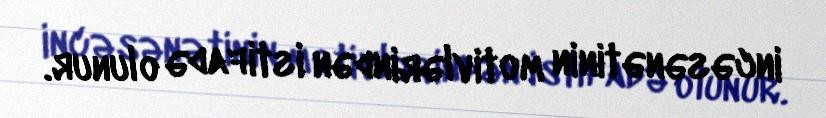
incəsənətinin motivlərindən istifadə olunur.